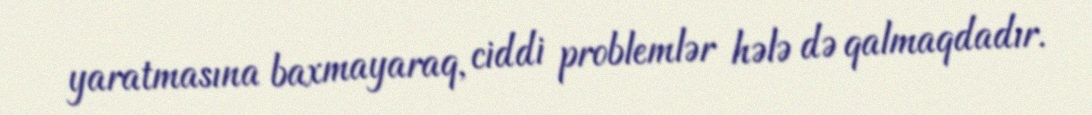
yaratmasına baxmayaraq, ciddi problemlər hələ də qalmaqdadır.